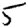
Digit: 5